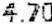
4.70